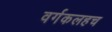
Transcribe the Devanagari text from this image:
वर्गकलहच